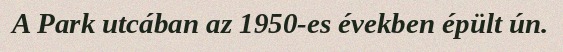
A Park utcában az 1950-es években épült ún.